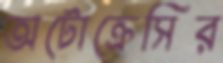
অটোক্রেসির